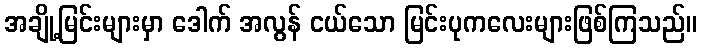
အချို့မြင်းများမှာ ဒေါက် အလွန် ငယ်သော မြင်းပုကလေးများဖြစ်ကြသည်။